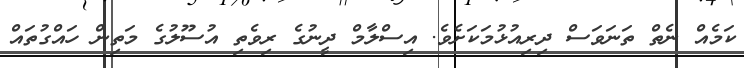
ކަމެއް ނެތް ތަނަވަސް ދިރިއުޅުމަކަށެވެ. އިސްލާމް ދީނުގެ ރިވެތި އުސޫލުގެ މަތިން ހައްގުތައް